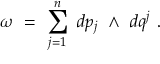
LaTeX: \omega \ = \ \sum _ { j = 1 } ^ { n } \ d p _ { j } \ \wedge \ d q ^ { j } \ .